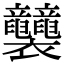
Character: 𧟛